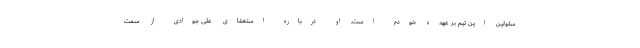
سئولین این تیم بر عهده خودم است. او درباره استعفای علی جوادی از سمت